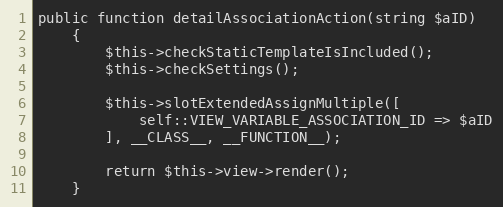
Language: PHP
public function detailAssociationAction(string $aID)
    {
        $this->checkStaticTemplateIsIncluded();
        $this->checkSettings();

        $this->slotExtendedAssignMultiple([
            self::VIEW_VARIABLE_ASSOCIATION_ID => $aID
        ], __CLASS__, __FUNCTION__);

        return $this->view->render();
    }